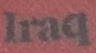
Iraq